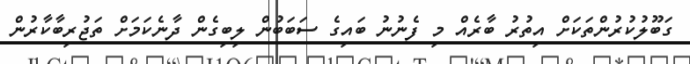
ގަބޫލުކުރުންތަކަށް އިތުރު ބާރެއް މި ފެނުނު ބައިގެ ސަބަބުން ލިބިގެން ދާނެކަމަށް ތަޖުރިބާކާރުން